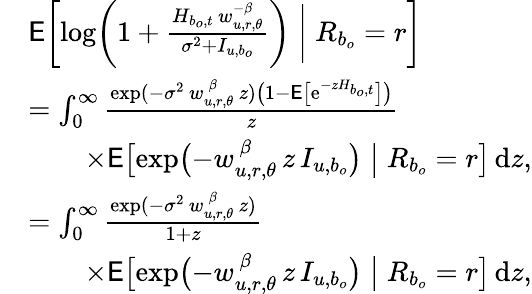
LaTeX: \begin{array}{rl}&{\mathsf{E}\biggl[\log\biggl(1+\frac{H_{b_{o},t}\, w_{u,r,\theta}^{-\beta}}{\sigma^{2}+I_{u,b_{o}}}\biggr)\biggm|R_{b_{o}}=r\biggr]}\\ &{=\int_{0}^{\infty}\frac{\exp(-\sigma^{2}\, w_{u,r,\theta}^{\, \beta}\, z)\bigl(1-\mathsf{E}\bigl[\mathrm{e}^{-zH_{b_{o},t}}\bigr]\bigr)}{z}}\\ &{\qquad\mathrm\times\mathsf{E}\bigl[\exp\bigl(-w_{u,r,\theta}^{\, \beta}\, z\, I_{u,b_{o}}\bigr)\bigm|R_{b_{o}}=r\bigr]\, \mathrm{d}z,}\\ &{=\int_{0}^{\infty}\frac{\exp(-\sigma^{2}\, w_{u,r,\theta}^{\, \beta}\, z)}{1+z}}\\ &{\qquad\mathrm\times\mathsf{E}\bigl[\exp\bigl(-w_{u,r,\theta}^{\, \beta}\, z\, I_{u,b_{o}}\bigr)\bigm|R_{b_{o}}=r\bigr]\, \mathrm{d}z,}\end{array}